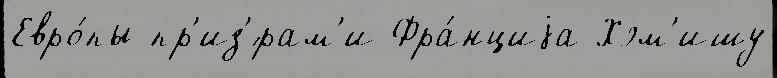
Евро́пы пр'из'́рам'и Фра́нциjа Хэм'ишу